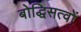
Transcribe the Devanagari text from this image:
बोद्धिसत्वों